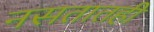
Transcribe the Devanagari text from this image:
नसतातही